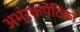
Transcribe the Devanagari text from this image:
अभ्रकपेटिका